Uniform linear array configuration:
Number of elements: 16
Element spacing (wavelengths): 0.5
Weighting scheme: binomial
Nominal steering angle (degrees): -30
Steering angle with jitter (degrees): -30.088
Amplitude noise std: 0.05
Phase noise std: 0.05

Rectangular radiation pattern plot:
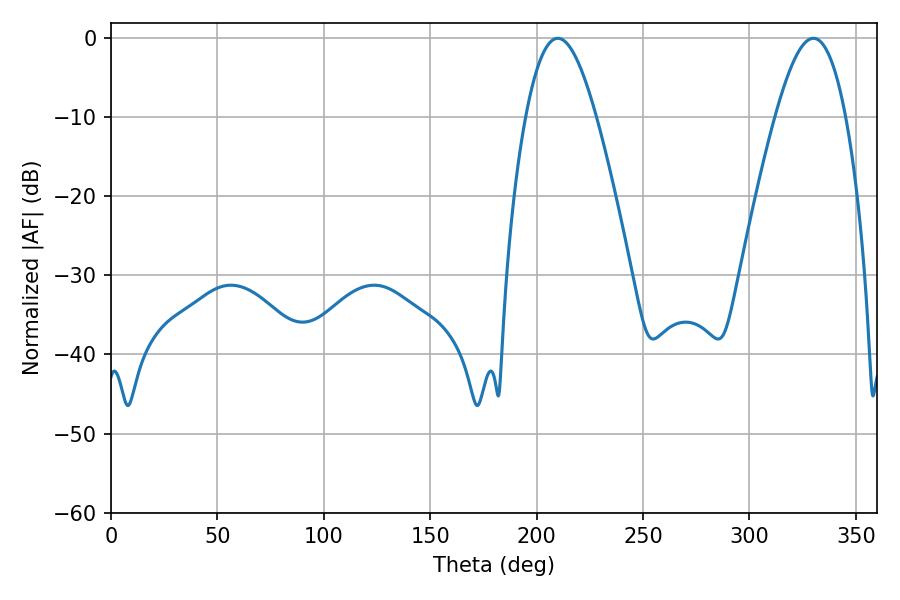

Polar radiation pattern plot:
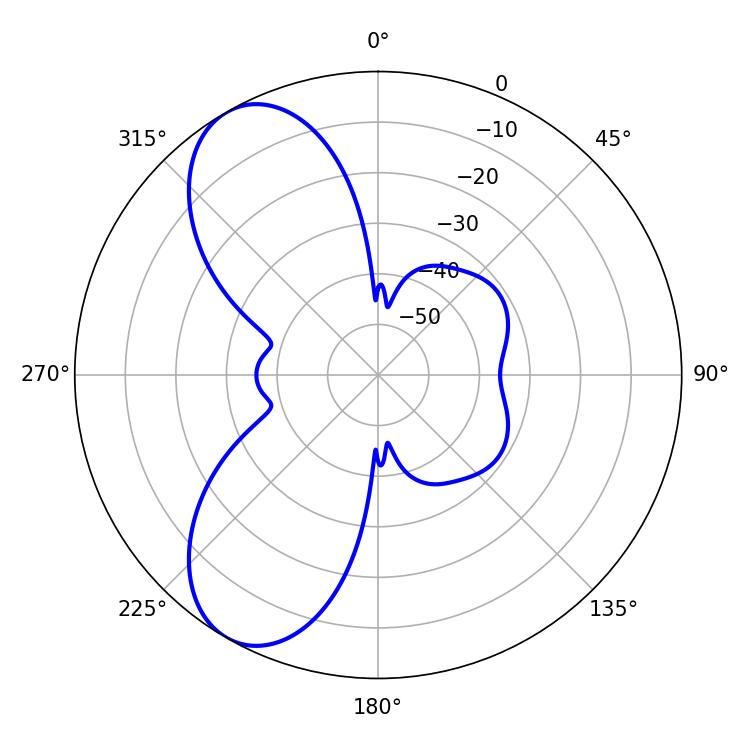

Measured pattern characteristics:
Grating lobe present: FALSE
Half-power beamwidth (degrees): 18
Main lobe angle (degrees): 209.88